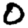
Digit: 0